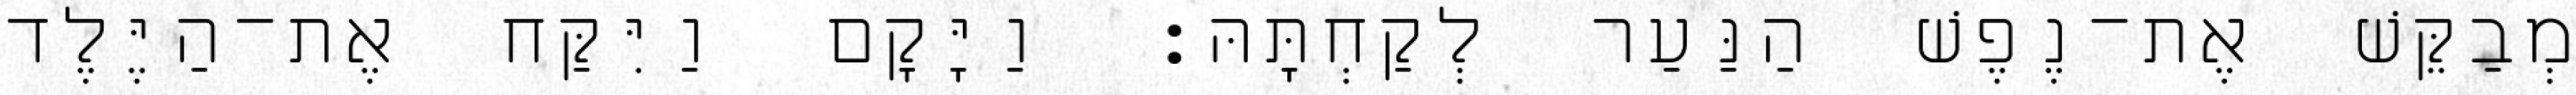
מְבַקֵּשׁ אֶת־נֶפֶשׁ הַנַּעַר לְקַחְתָּהּ׃ וַיָּקָם וַיִּקַּח אֶת־הַיֶּלֶד